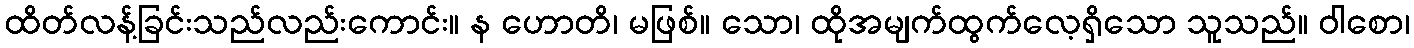
ထိတ်လန့်ခြင်းသည်လည်းကောင်း။ န ဟောတိ၊ မဖြစ်။ သော၊ ထိုအမျက်ထွက်လေ့ရှိသော သူသည်။ ဝါစော၊